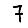
Digit: 7